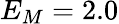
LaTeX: E_{M}=2.0